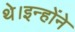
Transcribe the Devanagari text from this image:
थे।इन्होंने